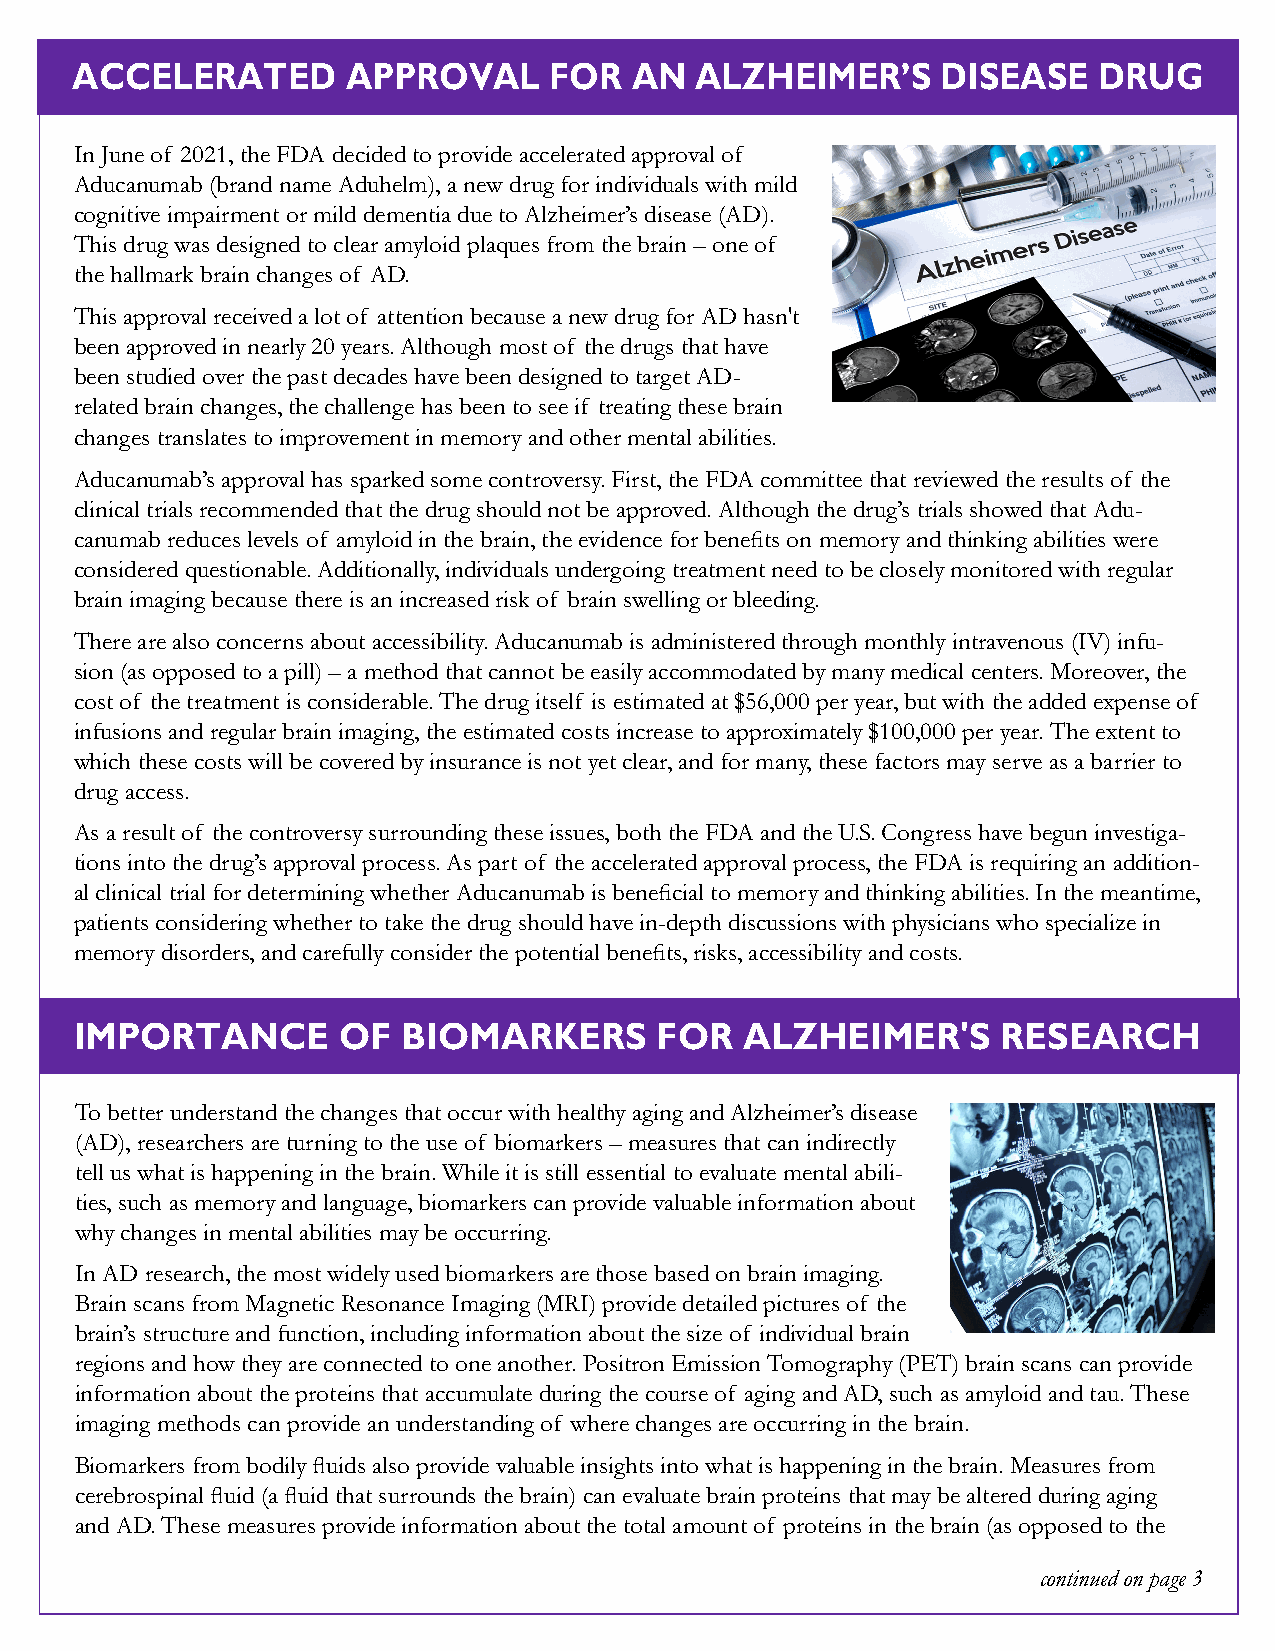
ACCELERATED       APPROVAL     FOR   AN  ALZHEIMER’S     DISEASE    DRUG
 In June of 2021, the FDA decided to provide accelerated approval of
 Aducanumab (brand name Aduhelm), a new drug for individuals with mild
 cognitive impairment or mild dementia due to Alzheimer’s disease (AD).
 This drug was designed to clear amyloid plaques from the brain – one of
 the hallmark brain changes of AD.
 This approval received a lot of attention because a new drug for AD hasn't
 been approved in nearly 20 years. Although most of the drugs that have
 been studied over the past decades have been designed to target AD-
 related brain changes, the challenge has been to see if treating these brain
 changes translates to improvement in memory and other mental abilities.
 Aducanumab’s approval has sparked some controversy. First, the FDA committee that reviewed the results of the
 clinical trials recommended that the drug should not be approved. Although the drug’s trials showed that Adu-
 canumab reduces levels of amyloid in the brain, the evidence for benefits on memory and thinking abilities were
 considered questionable. Additionally, individuals undergoing treatment need to be closely monitored with regular
 brain imaging because there is an increased risk of brain swelling or bleeding.
 There are also concerns about accessibility. Aducanumab is administered through monthly intravenous (IV) infu-
 sion (as opposed to a pill) – a method that cannot be easily accommodated by many medical centers. Moreover, the
 cost of the treatment is considerable. The drug itself is estimated at $56,000 per year, but with the added expense of
 infusions and regular brain imaging, the estimated costs increase to approximately $100,000 per year. The extent to
 which these costs will be covered by insurance is not yet clear, and for many, these factors may serve as a barrier to
 drug access.
 As a result of the controversy surrounding these issues, both the FDA and the U.S. Congress have begun investiga-
 tions into the drug’s approval process. As part of the accelerated approval process, the FDA is requiring an addition-
 al clinical trial for determining whether Aducanumab is beneficial to memory and thinking abilities. In the meantime,
 patients considering whether to take the drug should have in-depth discussions with physicians who specialize in
 memory disorders, and carefully consider the potential benefits, risks, accessibility and costs.
 IMPORTANCE       OF   BIOMARKERS       FOR  ALZHEIMER'S      RESEARCH
 To better understand the changes that occur with healthy aging and Alzheimer’s disease
 (AD), researchers are turning to the use of biomarkers – measures that can indirectly
 tell us what is happening in the brain. While it is still essential to evaluate mental abili-
 ties, such as memory and language, biomarkers can provide valuable information about
 why changes in mental abilities may be occurring.
 In AD research, the most widely used biomarkers are those based on brain imaging.
 Brain scans from Magnetic Resonance Imaging (MRI) provide detailed pictures of the
 brain’s structure and function, including information about the size of individual brain
 regions and how they are connected to one another. Positron Emission Tomography (PET) brain scans can provide
 information about the proteins that accumulate during the course of aging and AD, such as amyloid and tau. These
 imaging methods can provide an understanding of where changes are occurring in the brain.
 Biomarkers from bodily fluids also provide valuable insights into what is happening in the brain. Measures from
 cerebrospinal fluid (a fluid that surrounds the brain) can evaluate brain proteins that may be altered during aging
 and AD. These measures provide information about the total amount of proteins in the brain (as opposed to the
 continued on page 3